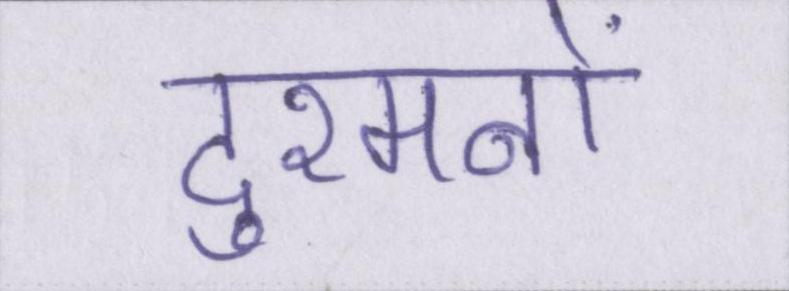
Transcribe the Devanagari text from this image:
दुश्मनों